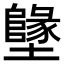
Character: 𡓬